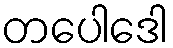
တပေါဒေါ